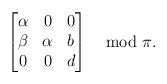
LaTeX: \begin{align*} \begin{bmatrix} \alpha & 0 & 0 \\ \beta & \alpha & b\\ 0 & 0 & d \end{bmatrix} \mod \pi.\end{align*}